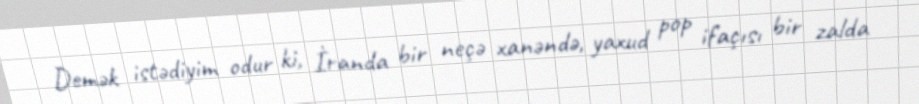
Demək istədiyim odur ki, İranda bir neçə xanəndə, yaxud pop ifaçısı bir zalda